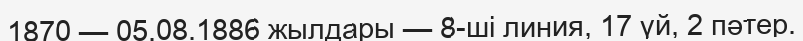
1870 — 05.08.1886 жылдары — 8-ші линия, 17 үй, 2 пәтер.